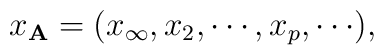
x_{{\bf A}} = (x_\infty , x_2 , \cdots, x_p , \cdots) ,